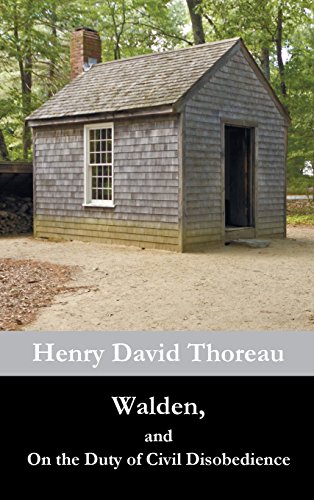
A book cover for Walden, and  On the Duty of Civil Disobedience; Henry David Thoreau; Biographies & Memoirs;